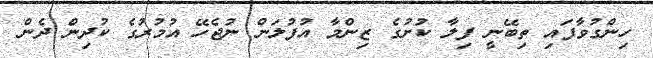
ހިންގުވާފައި ތިބޭނީ ފިލާ ކުށުގެ ޒިންމާ އުފުލަން ނުޖެހޭ އުމުރުގެ ކުދިން ދެން